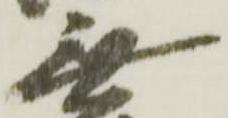
無